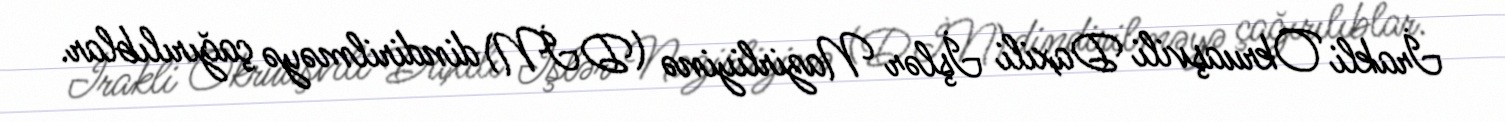
İrakli Okruaşvili Daxili İşlər Nazirliyinə (DİN) dindirilməyə çağırılıblar.